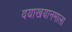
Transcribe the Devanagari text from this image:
वयाखयानमाला